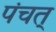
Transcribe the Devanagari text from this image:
पंचत्‌